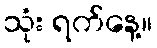
သုံး ရက်နေ့။